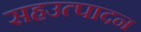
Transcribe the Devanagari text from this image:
सहउत्पादन